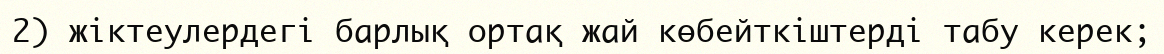
2) жіктеулердегі барлық ортақ жай көбейткіштерді табу керек;